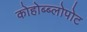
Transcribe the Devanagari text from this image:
कोहोब्ब्लोपोट